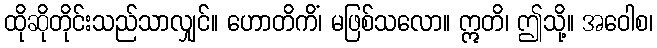
ထိုဆိုတိုင်းသည်သာလျှင်။ ဟောတိကိံ၊ မဖြစ်သလော။ ဣတိ၊ ဤသို့။ အဝေါစ၊